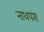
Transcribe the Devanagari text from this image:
नाथपंश